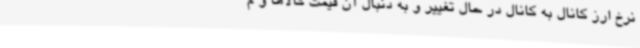
نرخ ارز کانال به کانال در حال تغییر و به دنبال آن قیمت کالاها و م